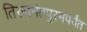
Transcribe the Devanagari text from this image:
तिरुवनंतपुरमपर्यंत